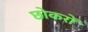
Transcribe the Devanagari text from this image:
छोकरों